Report on horse surra - Volume II, Part I
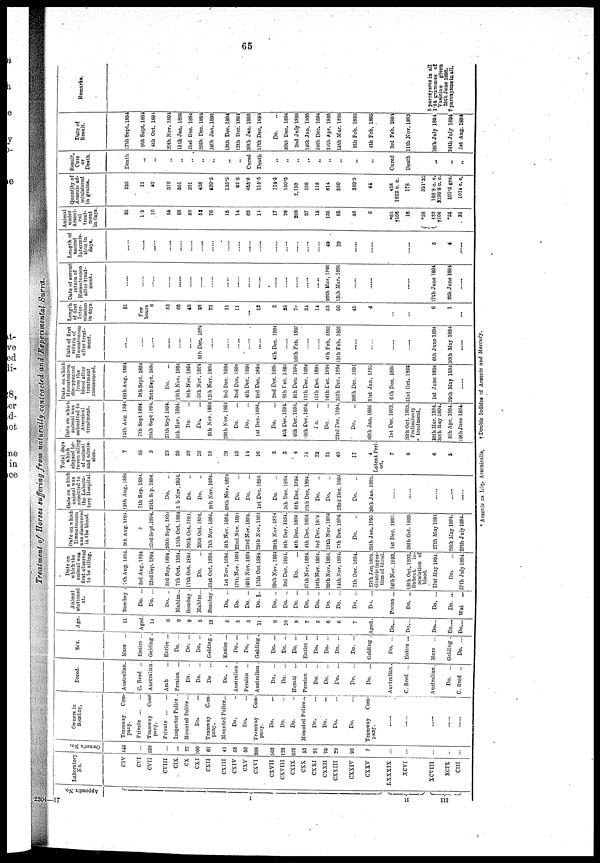
65
Treatment of Horses suffering from naturally contracted and Experimental Surra.
Appendix No.
I
II III
Laboratory
No.
CIV
CVI
CVII
CVIII
CIX
CX
CXI
CXII
CXIII
CXIV
CXV
CXVI
CXVII
CXVIII
CXIX
CXX
CXXI
CXXII
CXXIII
CXXIV
CXXV
LXXXIX
XCVI
XCVIII
XCIX
CIII
Owner's
No.
445
...
536
...
...
27
100
61
41
58
86
388
502
128
822
53
91
96
29
93
?
...
...
...
...
...
Owners in
Bombay.
Tramway
Com-
pany.
Private
...
...
Tramway
Com-
pany.
Private
...
...
Inspector Police
Mounted Police...
Do. ...
Tramway
Com-
pany.
Mounted Police...
Do.
Do.
Tramway
Com-
pany.
Do.
Do.
Do.
Mounted Police...
Do.
Do.
Do.
...
Do.
...
Tramway
Com-
pany.
......
......
......
.....
.....
Breed.
Australian.
C. Bred ...
Australian
Arab ...
Persian ...
Do. ...
Do.
...
Do
...
Do.
Australian
Persian ...
Australian
Do. ...
Do. ...
Herati
Persian ...
Do.
...
Do.
...
Do. ...
Do.
...
Do.
...
Australian.
C. Bred ...
Australian.
Do.
...
C.Bred
Sex.
Mare
Entire ..
Gelding .
Entire ...
Do. ...
Do. ...
Do. ...
Gelding .
Entire ...
Do. ...
Do. ...
Gelding.
Do. ...
Do. ...
Do. ...
Entire ...
Do. ...
Do. ...
Do. ...
Do. ...
Gelding .
Do. ...
Entire ...
Mare ...
Gelding .
Do. ...
Age.
11
Aged.
14
6
9
9
5
13
5
5
5
11
9
16
8
7
5
6
6
7
Aged.
Do....
Do....
Do....
Do....
Do....
Animal
stationed
at.
Bombay
Do. ...
Do. ...
Do. ..
Mahim....
Bombay .
Mahim...
Bombay.
Do. ..
Do.
Do. ...
Do. ...
Do. ..
Do. ...
Do. ...
Do. ...
Do. ...
Do. ..
Do. ...
Do. ...
Do. ...
Poona ...
Do. ...
Do. ...
Do. ...
Wai
...
Date on
which the
animal was
first observed
to be ailing.
7th Aug. 1894
3rd Aug. 1894
23rd Sep. 1894.
3rd Sep. 1894.
7th Oct. 1894.
17th Oct. 1894.
Do.
31st Oct. 1894.
1st Nov, 1894.
17th Nov. 1894
16th Nov. 1894
17th Oct 1894.
29th Nov. 1894
3rd Dec. 1894.
Do.
27th Nov. 1894.
19th Nov. 1894.
20th Nov. 1894.
14th Nov. 1894.
7th Dec. 1894.
27th Jan. 1895.
Gastric inges-
tion of blood.
24thNov. 1893.
18th Oct. 1893.
Subcut.
in-
oculation of
blood.
21st May 1894.
Do.
27th July 1894.
Date on which
Hæmatozoon
was discoverd
in the blood.
9th Aug. 1894.
?
23rd Sept.1894.
26th Sept. 1894
11th Oct. 1894
20th Oct. 1894.
20th Oct. 1894.
7th Nov. 1894.
8th Nov. 1894.
22nd Nov. 1891
23rd Nov. 1894.
29th Nov. 1894
29th Nov. 1894
9th Dec. 1894.
4th Dec. 1894.
4th Dec. 1894.
3rd Dec. 1894.
18th Nov. 1894
7th Dec. 1894.
Do.
28th Jan. 1895
1st Dec. 1893.
26th Oct. 1893.
27th May 1894
26th May 1894.
29th July 1894.
Date on which
animal was
admitted to
the Labora-
tory Hospital.
13th Aug. 1894
7th Sep. 1894.
25th Sep. 1894.
Do.
5 th Nov. 1894.
Do.
Do.
9th Nov. 1894.
29th Nov. 1894
Do.
Do.
1st Dec. 1894.
Do.
5th Dec. 1894.
6th Dec. 1894.
10th Dec. 1894.
Do.
Do.
23rd Dec. 1894
Do.
30th Jan. 1895.
......
......
Total days
which
elapsed be-
tween ailing
of animal
and admis-
sion.
7
35
3
23
30
20
20
10
29
13
14
16
3
3
4
14
22
21
40
17
4
Latent Peri-
od.
7
8
6
5
Date on which
animal was
submitted to
Arsenical
treatment.
14th Aug. 1894
7th Sept 1894.
25th Sept 1894.
27th Sept 1894.
5th Nov. 1894.
Do.
Do.
9th Nov. 1894
29th Nov, 1894
Do.
Do.
1st Dec 1894.
Do.
5th Dec. 1894.
6th Dec. 1894.
10th.Dec.l894.
Do.
Do.
23rd Dec. 1894.
Do.
30th Jan. 1895
1st Dec. 1893.
26th Oct. 1893.
Preliminary
treatment.
28th Mar. 1894.
30th May 1894.
5th Apr. 1894.
29th June 1894.
Date on which
hæmatozoon
disappeared
from the
blood after
treatment
commenced.
18th Aug. 1894
9th Sept. 1894
29thSept. 1894
Do. ...
10 th Nov. 1894
9th Nov. 1894
10th Nov. 1894
12th Nov. 1894
3rd Dec. 1894
2nd Dec. 1894
4th Dec. 1894
3rd Dec. 1894
2nd Dec. 1894
6th Dec. 1894
8th Dec. 1894
12th Dec. 1894
11th Dec. 1894
14th Dec. 1894
26th Dec. 1894
26th Dec. 1891
31st Jan. 1895
6thDec. 1893
31st Oct. 1893
1st June 1894
29th May 1894
......
Date of first
return of
Hæmatozoon
after treat-
ment.
......
......
......
......
......
8th Dec. 1894
......
......
......
......
......
4th Dec. 1894
......
16th Feb. 1895
......
......
4th Feb. 1895
13th Feb. 1895
......
......
..
6th June 1894
30th May 1894
......
Length
of first
Inter-
mission
in days.
31
Few
hours
6
53
68
43
28
73
11
11
...
12
2
25
70
34
14
52
50
45
4
...
6
1
...
Date of second
return of
Hæmatozoon
after treat-
ment.
......
......
......
......
......
......
......
......
......
......
......
......
......
......
......
26th Mar, 1895
15th Mar. 1895
......
......
......
17th June 1894
6th June 1894
......
Length of
second
Intermis-
sion in
days.
......
......
......
......
......
......
......
......
......
....
......
......
......
......
......
......
49
29
......
......
......
5
4
......
Animal
under
Arseni-
cal
treat-
ment
in days.
35
1.5
10
55
68
50
52
76
15
14
63
14
17
26
208
37
15
135
83
48
6
*65
†106
16
*58
{ †32
†104
*25
33
Quantity of
Arsenic ad-
ministered
in grains.
235
12
52
370
561
321
408
539.5
135.5
92.5
455.0
115.5
114.5
150.5
2,159
198
118
814
580
389.5
44
458
1822 c. c.
178
351.25
188.8 c. c.
2196.8 c. c.
107.5 grs.
1074 c. c.
Result,
Cure
or
Death.
Death
„
„
„
„
„
„
„
„
„
Cured
Death
„
„
„
„
„
„
„
„
„
Cured
Death
„
Date of
Result.
17th Sept. 1894
9th Sept. 1894
4th Oct. 1894
20th Nov. 1894
15th Jan. 1895
21st Dec. 1894
26th Dec. 1894
24th Jan. 1895
13th Dec. 1894
12th Dec. 1894
30th Jan. 1895
17th Dec. 1894
Do.
30th Dec. 1894
2nd July 1895
14th Jan. 1895
24th Dec. 1894
24th Apr. 1895
15th Mar. 1895
8th Feb. 1895
4th Feb. 1895
3rd Feb. 1894
11th Nov. 1893
16th July 1894
24th July 1894
1st Aug. 1894
Remarks.
5 paroxysms in all
1.44 grammes of
Vasicine
given
25th June 1895.
7 paroxysms in all.
* Arsenic as Liq. Arsenicalis, † Double Iodides of Arsenic and Mercury.
2204—17